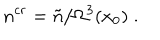
{ n } ^ { c r } = \tilde { n } / \Omega ^ { 3 } ( x _ { 0 } ) \; .